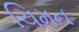
ચિમન